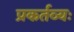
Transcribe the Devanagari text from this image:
प्रकर्तव्यः